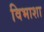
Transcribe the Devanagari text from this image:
विभाशा